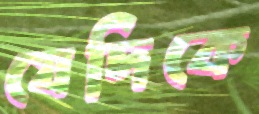
যেদিকে